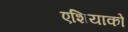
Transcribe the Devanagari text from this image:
एशियाको